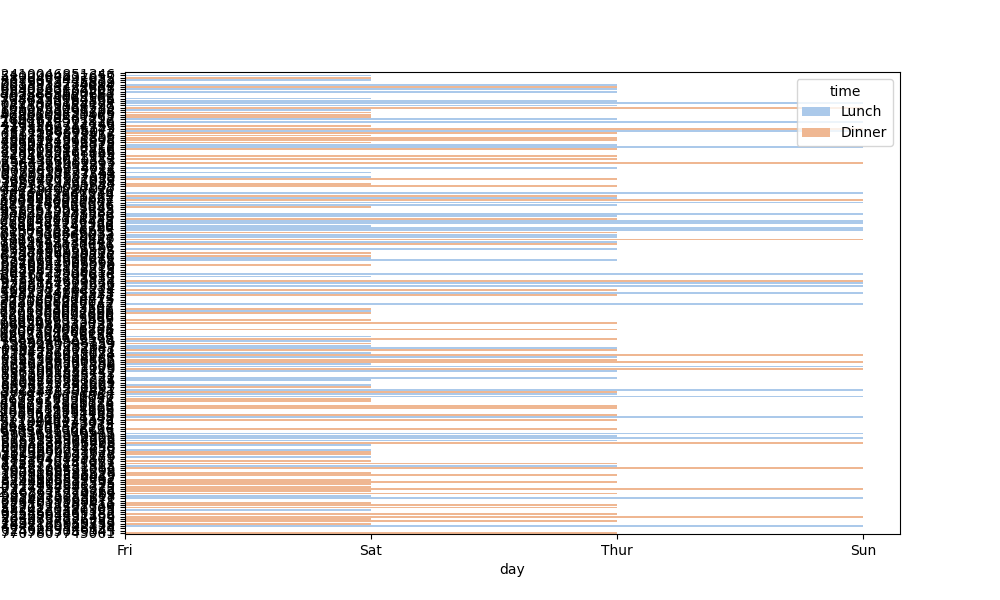
python, seaborn, barplot, hue='time', palette='pastel', ci=95, orient='h'